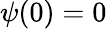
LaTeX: \psi(0)=0